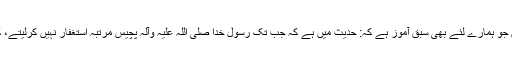
آپ(رہ) ایک حدیث شریف کی طرف اشارہ فرماتے ہیں جو ہمارے لئے بھی سبق آموز ہے کہ: حدیث میں ہے کہ جب تک رسول خدا صلی اللہ علیہ وآلہ پچیس مرتبہ استغفار نہیں کرلیتے، کسی بھی نشست سے باہر تشریف نہیں لے جاتے تھے۔